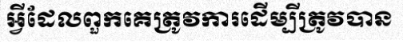
អ្វីដែលពួកគេត្រូវការដើម្បីត្រូវបាន